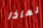
لماذا